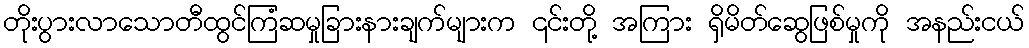
တိုးပွားလာသောတီထွင်ကြံဆမှုခြားနားချက်များက ၎င်းတို့ အကြား ရှိမိတ်ဆွေဖြစ်မှုကို အနည်းငယ်